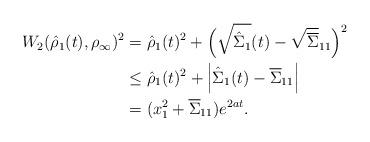
LaTeX: \begin{align*} W_2(\hat{\rho}_1(t),\rho_\infty)^2&=\hat{\rho}_1(t)^2+\Big(\sqrt{\hat{\Sigma}_1}(t)-\sqrt{\overline{\Sigma}}_{11}\Big)^2 \\&\leq \hat{\rho}_1(t)^2+\Big|\hat{\Sigma}_1(t)-\overline{\Sigma}_{11}\Big| \\& =(x_1^2 +\overline{\Sigma}_{11}) e^{2at}.\end{align*}